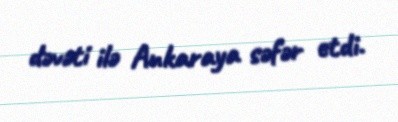
dəvəti ilə Ankaraya səfər etdi.